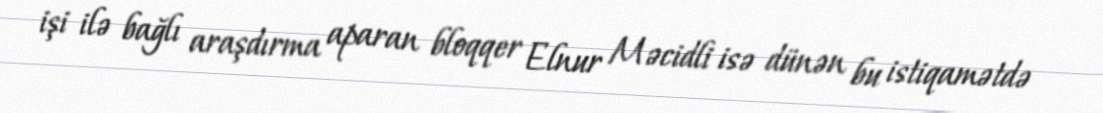
işi ilə bağlı araşdırma aparan bloqqer Elnur Məcidli isə dünən bu istiqamətdə